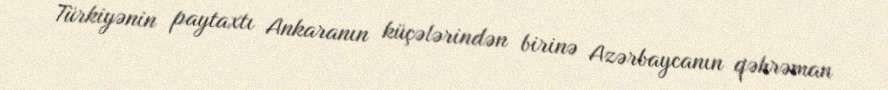
Türkiyənin paytaxtı Ankaranın küçələrindən birinə Azərbaycanın qəhrəman